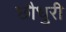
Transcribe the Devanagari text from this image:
छौधुरी